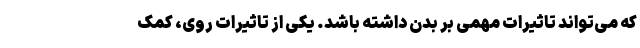
که می‌تواند تاثیرات مهمی بر بدن داشته باشد. یکی از تاثیرات روی، کمک